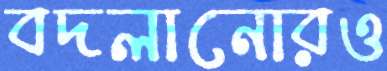
বদলানোরও